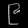
Digit: ၉